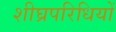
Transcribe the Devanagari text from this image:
शीघ्रपरिधियों